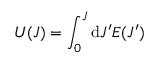
U ( J ) = \int _ { 0 } ^ { J } \mathrm { d } J ^ { \prime } E ( J ^ { \prime } )